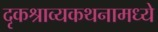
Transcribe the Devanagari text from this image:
दृकश्राव्यकथनामध्ये